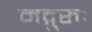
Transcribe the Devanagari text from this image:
मद्गुरुः